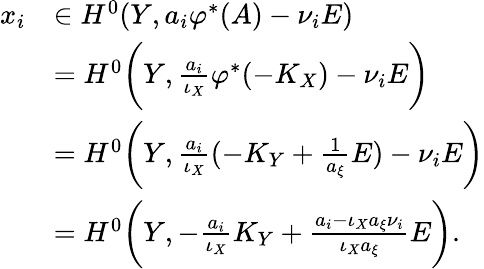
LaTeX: \begin{array}{rl}{x_{i}}&{\in H^{0}(Y,a_{i}\varphi^{*}(A)-\nu_{i}E)}\\ &{=H^{0}\bigg(Y,\frac{a_{i}}{\iota_{X}}\varphi^{*}(-K_{X})-\nu_{i}E\bigg)}\\ &{=H^{0}\bigg(Y,\frac{a_{i}}{\iota_{X}}(-K_{Y}+\frac{1}{a_{\xi}}E)-\nu_{i}E\bigg)}\\ &{=H^{0}\bigg(Y,-\frac{a_{i}}{\iota_{X}}K_{Y}+\frac{a_{i}-\iota_{X}a_{\xi}\nu_{i}}{\iota_{X}a_{\xi}}E\bigg).}\end{array}